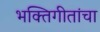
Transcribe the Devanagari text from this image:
भक्तिगीतांचा